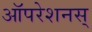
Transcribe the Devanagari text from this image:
ऑपरेशनस्